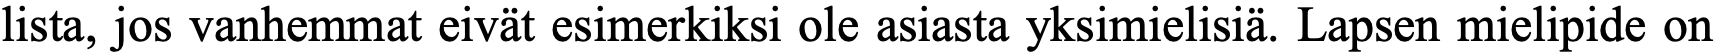
lista, jos vanhemmat eivät esimerkiksi ole asiasta yksimielisiä. Lapsen mielipide on